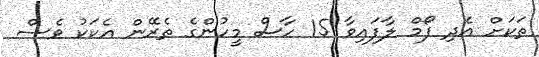
ތަކަށް އެދި ފޯމް ލާފައިވާ 15 ހާސް މީހުންގެ ތެރޭން އެކަކު ވެސް